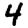
Digit: 4